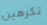
تكرهين